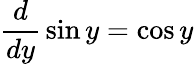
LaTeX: {\frac{d}{dy}}\sin y=\cos y